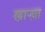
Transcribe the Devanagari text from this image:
खाऱ्य़ा